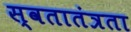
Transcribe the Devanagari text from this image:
स्वतातंत्रता